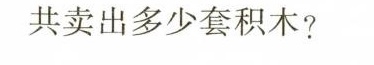
共卖出多少套积木?